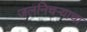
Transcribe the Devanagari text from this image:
जलनिचऱ्याचा